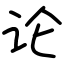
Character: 论